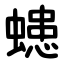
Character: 䗭